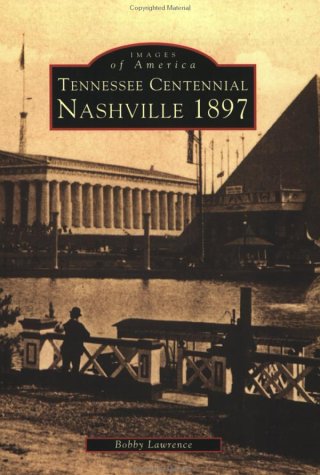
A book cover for Nashville's Tennessee Centennial 1897 (Images of America (Arcadia Publishing)); Bobby E. Lawrence; Travel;